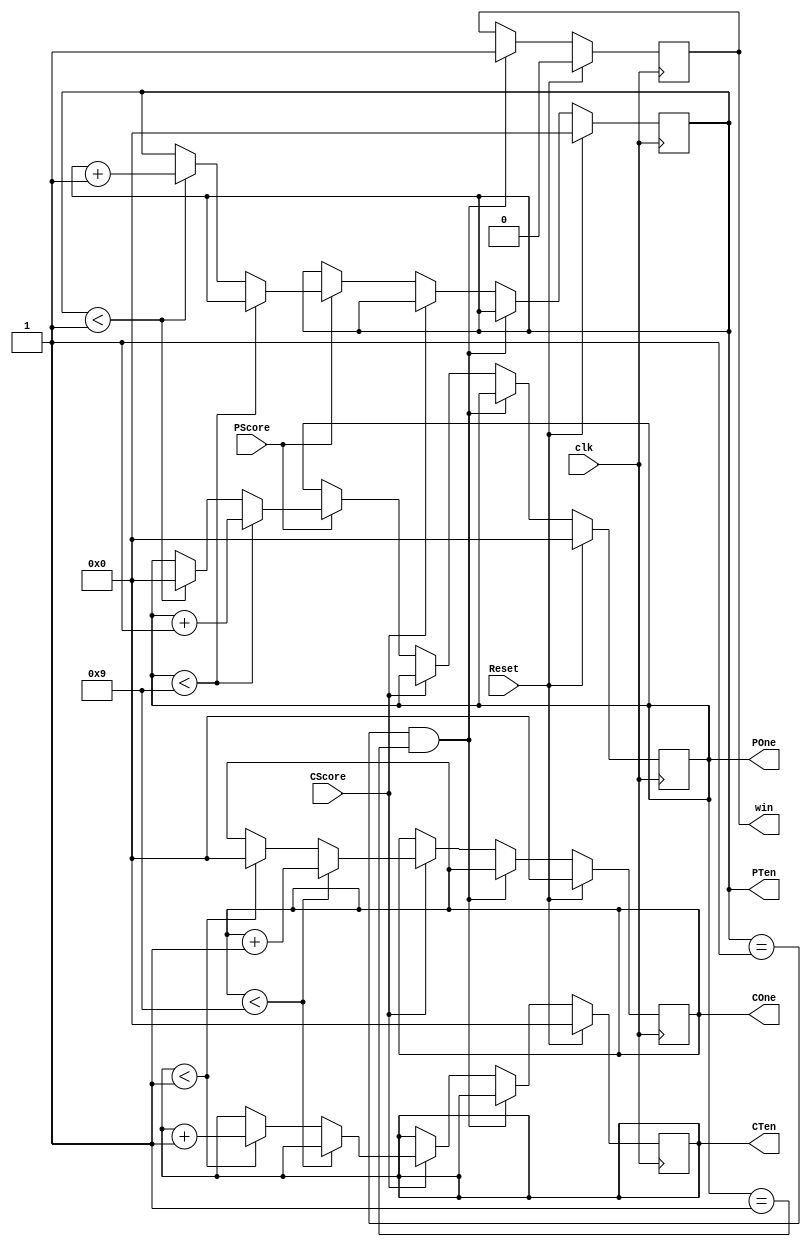
// A stopwatch counter modified to count the players score from 0000 to 9999.

module Counter(PTen,POne,CTen,COne,PScore,CScore,win,clk,Reset);
	output [3:0]     PTen,POne,CTen,COne;
	output           win;
	input            PScore,CScore,clk,Reset;
	
	reg 	[3:0]state_PT = 0,state_PO = 0,state_CT = 0,state_CO = 0;	// Registers to track the state of the various outputs.
	reg          twin = 0;
	
	always@(posedge clk)begin
		if(Reset) begin
			state_PT 		<= 4'b0000;
			state_PO 		<= 4'b0000;
			state_CT 		<= 4'b0000;
			state_CO	 	<= 4'b0000;
			twin            <= 0;
		end
		else if((state_PT == 4'b0001 && state_PO == 4'b0001)|| 
                (state_PT == 4'b0001 && state_PO == 4'b0001)) twin <= 1;
		else if (CScore)begin
		     if(state_CO < 4'b1001)state_CO <= state_CO + 1;
             else if(state_CT < 4'b0001) begin
                 state_CO         <= 4'b0000;
                 state_CT         <= state_CT + 1;
             end
             else state_CO <= state_CO;
		end
		else if (PScore)begin
		     if(state_PO < 4'b1001)state_PO <= state_PO + 1;
             else if(state_PT < 4'b0001) begin
                state_PO         <= 4'b0000;
                state_PT         <= state_PT + 1;
             end
        end
	    else state_PO <= state_PO;
	end
	
	assign PTen = state_PT;
	assign POne = state_PO;
	assign CTen = state_CT;
	assign COne = state_CO;
	assign win = twin;
	
endmodule